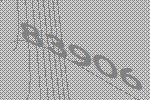
83906